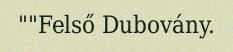
""Felső Dubovány.